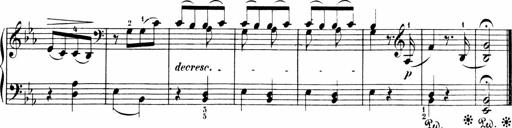
Title: Sonatinen Op.47, 98 und 136, nebst 6 Liedersonatinen
Composer: Carl Reinecke